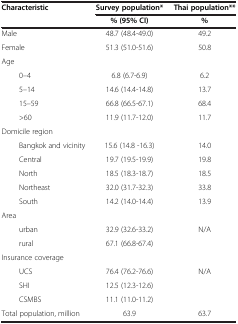
<table><thead><tr><td><b>Characteristic</b></td><td><b>Survey population*</b></td><td><b>Thai population**</b></td></tr></thead><tbody><tr><td> </td><td><b>% (95% CI)</b></td><td><b>%</b></td></tr><tr><td>Male</td><td>48.7 (48.4-49.0)</td><td>49.2</td></tr><tr><td>Female</td><td>51.3 (51.0-51.6)</td><td>50.8</td></tr><tr><td>Age</td><td> </td><td> </td></tr><tr><td>0–4</td><td>6.8 (6.7-6.9)</td><td>6.2</td></tr><tr><td>5–14</td><td>14.6 (14.4-14.8)</td><td>13.7</td></tr><tr><td>15–59</td><td>66.8 (66.5-67.1)</td><td>68.4</td></tr><tr><td>&gt;60</td><td>11.9 (11.7-12.0)</td><td>11.7</td></tr><tr><td>Domicile region</td><td> </td><td> </td></tr><tr><td>Bangkok and vicinity</td><td>15.6 (14.8 -16.3)</td><td>14.0</td></tr><tr><td>Central</td><td>19.7 (19.5-19.9)</td><td>19.8</td></tr><tr><td>North</td><td>18.5 (18.3-18.7)</td><td>18.5</td></tr><tr><td>Northeast</td><td>32.0 (31.7-32.3)</td><td>33.8</td></tr><tr><td>South</td><td>14.2 (14.0-14.4)</td><td>13.9</td></tr><tr><td>Area</td><td> </td><td> </td></tr><tr><td>urban</td><td>32.9 (32.6-33.2)</td><td>N/A</td></tr><tr><td>rural</td><td>67.1 (66.8-67.4)</td><td> </td></tr><tr><td>Insurance coverage</td><td> </td><td> </td></tr><tr><td>UCS</td><td>76.4 (76.2-76.6)</td><td>N/A</td></tr><tr><td>SHI</td><td>12.5 (12.3-12.6)</td><td> </td></tr><tr><td>CSMBS</td><td>11.1 (11.0-11.2)</td><td> </td></tr><tr><td>Total population, million</td><td>63.9</td><td>63.7</td></tr></tbody></table>